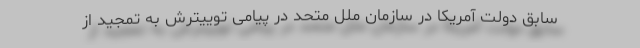
سابق دولت آمریکا در سازمان ملل متحد در پیامی توییترش به تمجید از